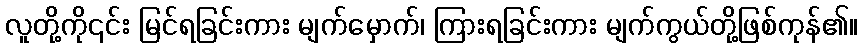
လူတို့ကို၎င်း မြင်ရခြင်းကား မျက်မှောက်၊ ကြားရခြင်းကား မျက်ကွယ်တို့ဖြစ်ကုန်၏။